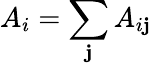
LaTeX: A_{i}=\sum_{\mathbf{j}}A_{i\mathbf{j}}